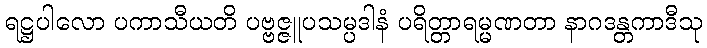
ရဋ္ဌပါလော ပကာသီယတိ ပဗ္ဗဇ္ဇူပသမ္ပဒါနံ ပရိတ္တာရမ္မဏတာ နာဂဒန္တကာဒီသု